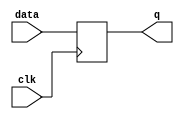
module latch(
    
    input data,
    input clk,
    output reg q
);

always @(posedge clk)
    q <= data;

endmodule